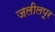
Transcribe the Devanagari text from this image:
जलीलपूर